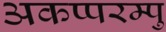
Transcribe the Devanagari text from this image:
अकप्परम्पु